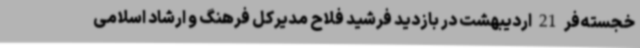
خجسته‌فر 21 اردیبهشت در بازدید فرشید فلاح مدیرکل فرهنگ و ارشاد اسلامی